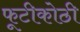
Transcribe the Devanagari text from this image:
फूटीकोठी